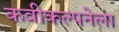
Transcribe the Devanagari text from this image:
कवीकल्पनेला